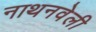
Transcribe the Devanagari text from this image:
नाथनवेली